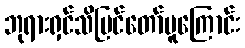
ဘုရားရှင်သိမြင်တော်မူကြောင်း